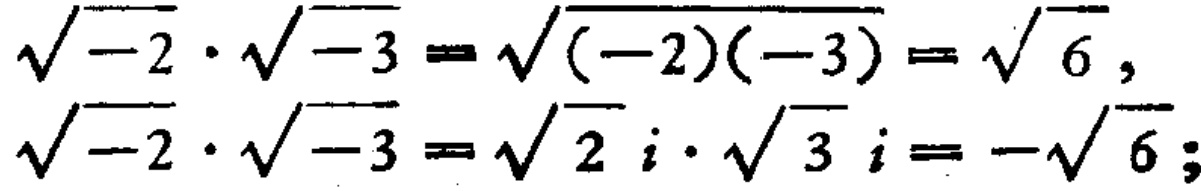
\(\sqrt{-2}\cdot\sqrt{-3}=\sqrt{(-2)(-3)}=\sqrt{6},\)
\(\sqrt{-2}\cdot\sqrt{-3}=\sqrt{2}i\cdot\sqrt{3}i = -\sqrt{6};\)